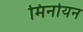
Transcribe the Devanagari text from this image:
मिनोयन